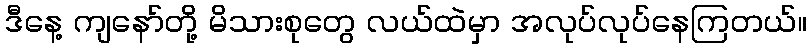
ဒီနေ့ ကျနော်တို့ မိသားစုတွေ လယ်ထဲမှာ အလုပ်လုပ်နေကြတယ်။